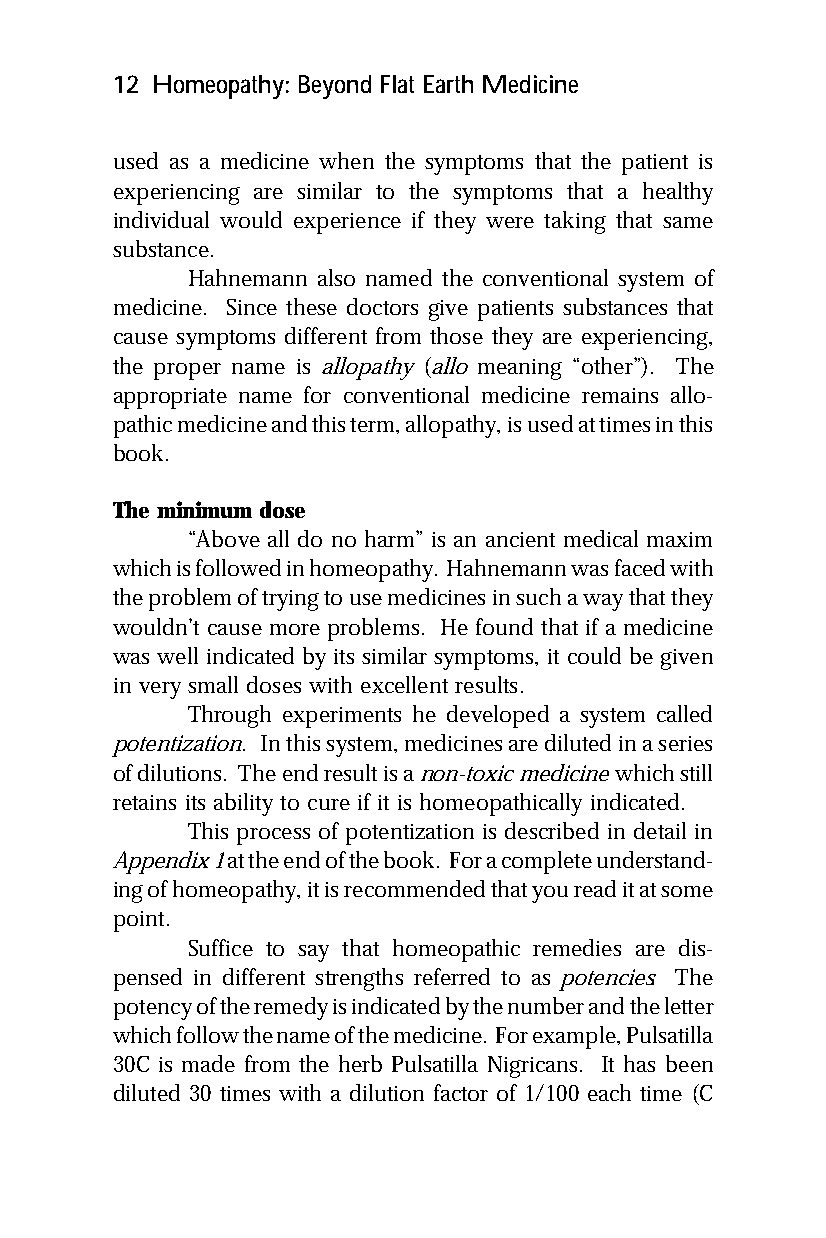
12 Homeopathy: Beyond Flat Earth Medicine
 used as a medicine when the symptoms that the patient is
 experiencing are similar to the symptoms that a healthy
 individual would experience if they were taking that same
 substance.
 Hahnemann also named the conventional system of
 medicine. Since these doctors give patients substances that
 cause symptoms different from those they are experiencing,
 the proper name is allopathy (allo meaning “other”). The
 appropriate name for conventional medicine remains allo-
 pathic medicine and this term, allopathy, is used at times in this
 book.
 The minimum dose
 “Above all do no harm” is an ancient medical maxim
 which is followed in homeopathy. Hahnemann was faced with
 the problem of trying to use medicines in such a way that they
 wouldn’t cause more problems. He found that if a medicine
 was well indicated by its similar symptoms, it could be given
 in very small doses with excellent results.
 Through experiments he developed a system called
 potentization. In this system, medicines are diluted in a series
 of dilutions. The end result is a non-toxic medicine which still
 retains its ability to cure if it is homeopathically indicated.
 This process of potentization is described in detail in
 Appendix 1 at the end of the book. For a complete understand-
 ing of homeopathy, it is recommended that you read it at some
 point.
 Suffice to say that homeopathic remedies are dis-
 pensed in different strengths referred to as potencies. The
 potency of the remedy is indicated by the number and the letter
 which follow the name of the medicine. For example, Pulsatilla
 30C is made from the herb Pulsatilla Nigricans. It has been
 diluted 30 times with a dilution factor of 1/100 each time (C